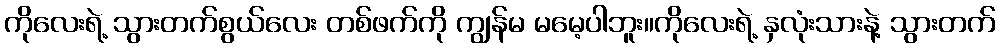
ကိုလေးရဲ့ သွားတက်စွယ်လေး တစ်ဖက်ကို ကျွန်မ မမေ့ပါဘူး။ကိုလေးရဲ့ နှလုံးသားနဲ့ သွားတက်